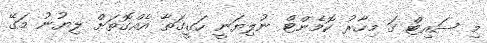
މި ސައިޓް ގަ މިހާރު ކޮމެންޓް ނުލިޔަނީ ހަގީގަތާ އެއްގޮތަށް ލިޔުނު މަގޭ